Annual report on the lock hospitals of the Madras Presidency
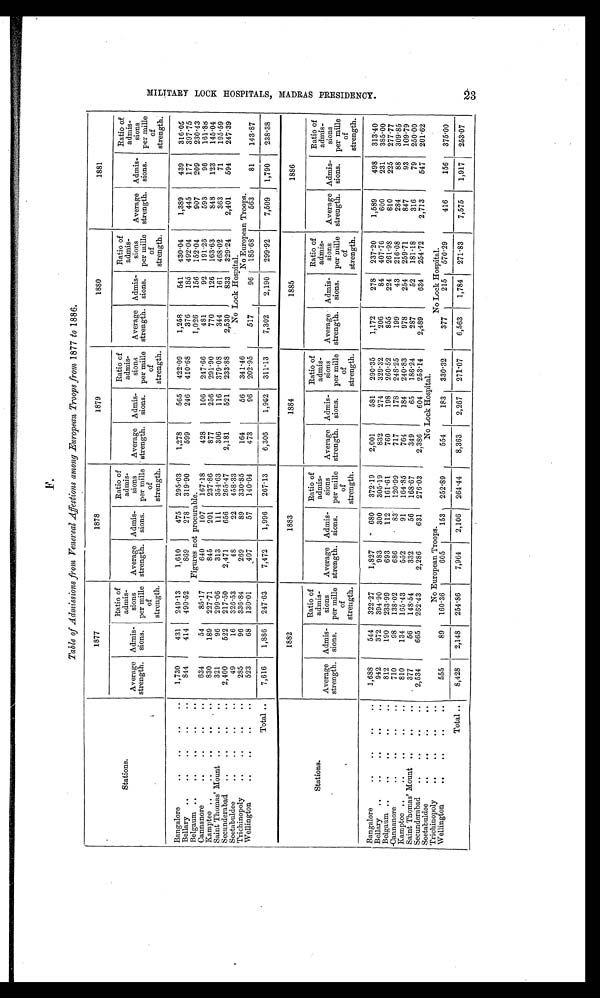
F.
Table of Admissions from Venereal Affections among European Troops from 1877 to 1886.
Stations.
1877
1878
1879
1880
1881
Average
strength.
Admis-
sions.
Ratio of
admis-
sions
per mille
of
strength.
Average
strength.
Admis-
sions.
Ratio of
admis-
sions
per mille
of
strength.
Average
strength.
Admis-
sions.
Ratio of
admis-
sions
per mille
of
strength.
Average
strength.
Admis-
sions.
Ratio of
admis-
sions
per mille
of
strength.
Average
strength.
Admis-
sions.
Ratio of
admis-
sions
per mille
of
strength.
Bangalore
..
..
..
..
1,730
431
249.13
1,610
475
295.03
1,278
565
422.09
1,258
541
430.04
1,389
439
316.05
Bellary ..
..
..
..
..
844
414
490.52
S69
278
319.90
599
246
410.68
376
185
492.04
445
177
397.75
Belgaum ..
..
..
..
..
Figures not procurable.
1,026
156
152.04
907
209
230.43
Cannanore
..
..
..
..
634
54
85.17
640
107
167.18
428
106
247.66
481
92
191.26
593
96
161.88
Kamptee ..
..
..
.. ..
830
189
227.71
845
201
237.86
877
256
291.90
770
126
163.63
848
123
145.04
Saint Thomas' Mount ..
..
..
321
96
299.06
313
111
354.63
306
116
379.08
344
161
468.02
363
71
195.59
Secunderabad
..
..
..
..
2,400
522
217.50
2,471
656
265.47
2,181
521
233.88
2,530
833
329.24
2,401
594
247.39
Seetabuldee
..
..
..
..
49
16
326.53
48
22
458.33
No Lock Hospital.
Trichinopoly
..
..
..
..
285
96
336.84
269
89
330.85
164
56
341.46
No European Troops.
Wellington
..
..
..
..
523
68
130.01
407
57
140.04
473
96
202.95
517
96
185.68
563
81
143.87
Total ..
7,616
1,886
247.63
7,472
1,996
267.13
6,306
1,962
311.13
7,302
2,190
299.92
7,509
1,790
238.38
Stations.
1882
1883
1884
1885
1886
Average
strength.
Admis-
sions.
Ratio of
admis-
sions
per mille
of
strength.
Average
strength.
Admis-
sions.
Ratio of
admis-
sions
per mille
of
strength.
Average
strength.
Admis-
sions.
Ratio of
admis-
sions
per mille
of
strength.
Average
strength.
Admis-
sions.
Ratio of
admis-
sions
per mille
of
strength.
Average
strength.
Admis-
sions.
Ratio of
admis-
sions
per mille
of
strength.
Bangalore
..
..
..
..
1,688
544
322.27
1,827
680
372.19
2,001
581
290.35
1,172
278
237.20
1,589
498
313.40
Bellary ..
..
..
..
9 4 2
372
394.90
983
300
305.19
832
274
329.32
206
84
407.76
600
231
385.00
Belgaum ..
..
..
..
..
812
190
233.99
693
112
161.61
760
198
260.52
855
224
261.93
810
225
277.77
Cannanore
..
..
..
..
710
98
138.02
686
83
120.99
717
178
248.25
199
43
216.08
284
88
309.85
Kamptee ..
..
..
..
..
810
134
165.43
552
91
164.85
764
184
240.83
978
254
259.71
847
93
109.79
Saint Thomas' Mount ..
..
..
377
56
148.54
332
56
168.67
349
65
186.24
287
52
181.18
316
79
250.00
Secunderabad
..
..
..
..
2,534
665
262.43
2,286
631
276.03
2,386
604
253.14
2,489
634
254.72
2,713
547
201.62
Seetabuldee
..
..
..
..
No Lock Hospital.
Trichinopoly
..
..
..
..
No European Troops.
No Lock Hospital.
Wellington
..
..
..
..
555
89
160.36
605
153
252.89
554
183
330.32
377
215
570.29
416
156
375.00
Total ..
8,428
2,148
254.86
7,964
2,106
264.44
8,363
2,267
271.07
6,563
1,784
271.83
7,575
1,917
253.07
M I L I T A R Y L O C K H O S P I T A L S , M A D R A S P R E S I D E N C Y .